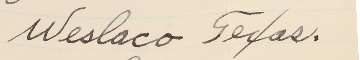
.Weslaco Texas